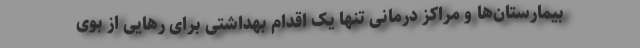
بیمارستان‌ها و مراکز درمانی تنها یک اقدام بهداشتی برای رهایی از بوی